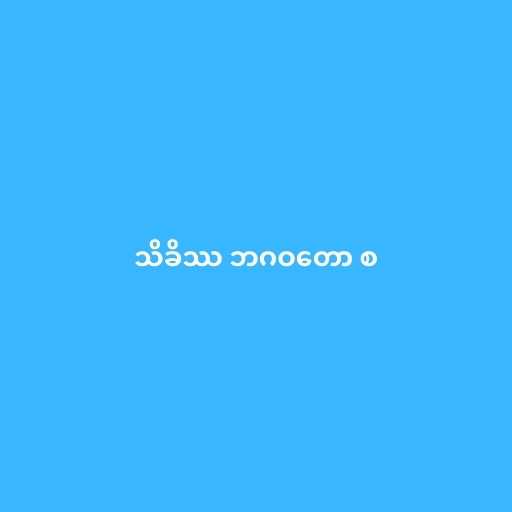
သိခိဿ ဘဂဝတော စ